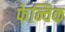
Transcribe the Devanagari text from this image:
फेन्विक